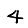
Digit: 4